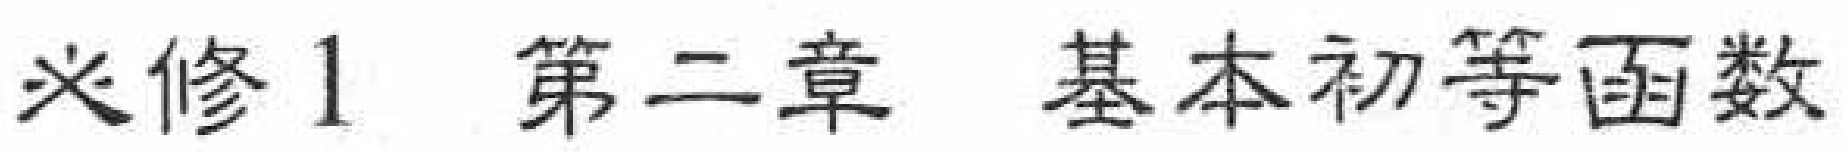
必修1 第二章 基本初等函数